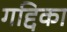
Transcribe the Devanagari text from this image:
गद्दिका